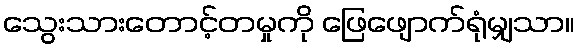
သွေးသားတောင့်တမှုကို ဖြေဖျောက်ရုံမျှသာ။